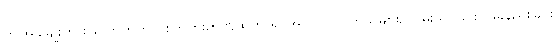
ဤအခါမျိုးကား လောကတွင် စိတ်ကူးဉာဏ်ထုတ် ၍ အလုပ်လုပ်ကြသူများ၌ ဝမ်းသာခြင်း ဝမ်းနည်းခြင်း၊